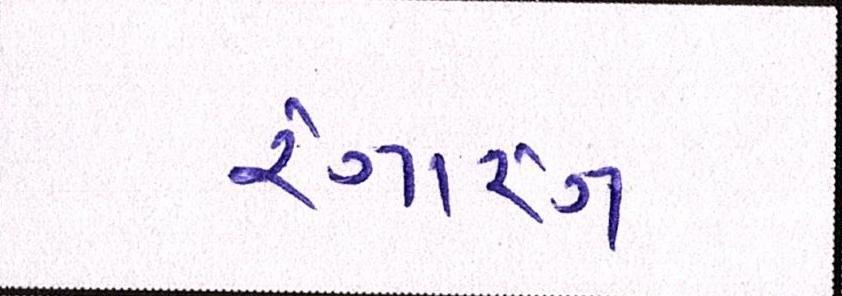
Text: રંગારંગ